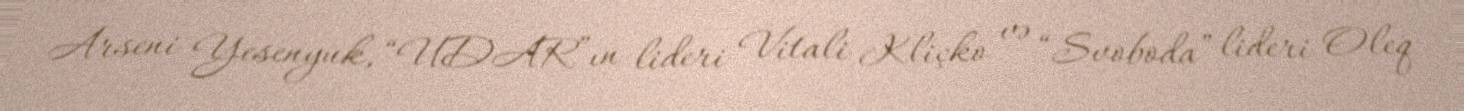
Arseni Yesenyuk, “UDAR”ın lideri Vitali Kliçko və “Svoboda” lideri Oleq